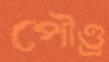
পৌণ্ড্র